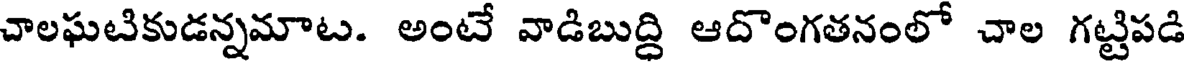
చాలఘటికుడన్నమాట. అంటే వాడిబుద్ధి ఆదొంగతనంలో చాల గట్టిపడి